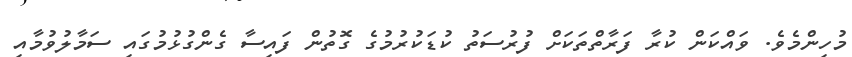
މުހިންމެވެ. ވައްކަން ކުރާ ފަރާތްތަކަށް ފުރުސަތު ކުޑަކުރުމުގެ ގޮތުން ފައިސާ ގެންގުޅުމުގައި ސަމާލުވުމާއި